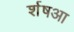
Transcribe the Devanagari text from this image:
र्शषआ